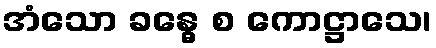
အံသော ခန္ဓေ စ ကောဋ္ဌာသေ၊